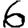
Digit: 6